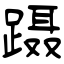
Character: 蹑